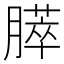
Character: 膵